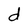
Character: d